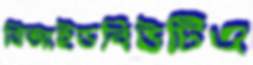
বিআইডবিউটিএ